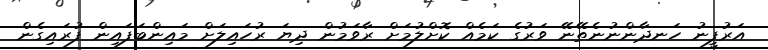
އަރުފީނު ހަނދާންނުނެތޭނޭ ވަރުގެ ކަމެއް ކޮށްލުމަށް ރާވަމުން ދިޔަ ރުހައިލަށް މައިންބަފައިން ފުރައިގެން